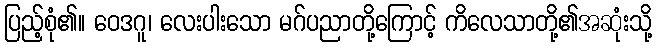
ပြည့်စုံ၏။ ဝေဒဂူ၊ လေးပါးသော မဂ်ပညာတို့ကြောင့် ကိလေသာတို့၏အဆုံးသို့